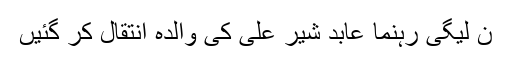
ن لیگی رہنما عابد شیر علی کی والدہ انتقال کر گئیں